system: You are a helpful assistant.
user:
Analyze the provided spectrum to determine if it is a **Carbon Star (C-type)**.

- **Key Visual Indicators of Carbon Star:**
    - **(Primary):** Strong molecular absorption from **C₂ (diatomic carbon) "Swan Bands."** This is the **defining feature** of a carbon star.
        - **(Key Bandheads):** Sharp absorption edges are visible at approximately $5635$ Å, $5165$ Å (the strongest band), and $4737$ Å.
        - **(Line Profile):** Creates a distinct **"saw-tooth"** pattern. The key morphology is a sharp, steep bandhead on the **red (long-wavelength) side**, which then gradually tapers off (i.e., flux recovers) towards the **blue (short-wavelength) side**. *(This is the direct opposite of the TiO bands seen in M-type stars)*.

    - **(Secondary):** Intense **CN (cyanogen)** molecular absorption bands.
        - **(Key Bandheads):** Located in the blue and violet regions of the spectrum (e.g., near $4215$ Å and $3883$ Å).
        - **(Morphology):** These bands are extremely broad and act as a "blanket," absorbing the vast majority of blue and violet light. This creates a characteristic **"cliff"** or **"steep drop-off"** in the spectrum's flux at short wavelengths.

    - **(Key Confirmation):** Strong **CH absorption band (G-band)**.
        - **(Key Bandhead):** Located around $4300$ Å. The contribution from CH molecules to this band is exceptionally strong.

    - **(Overall Spectrum):**
        - The continuum is severely "chopped up" by these deep molecular bands, especially C₂, rather than appearing as a smooth curve.
        - Due to the heavy CN and C₂ absorption in the blue-green, the vast majority of the star's flux is concentrated in the red part of the spectrum, giving the star its characteristic deep red color.

Think first, call **spectral_visualization_tool** if needed to examine features in detail, then provide your final answer. Your response must adhere to the following strict rules:
1.  **Overall Structure:** Your response must follow the format `<think>...</think> <tool_call>...</tool_call> (if a tool is used) <answer>...</answer>`.
2.  **Tool Usage Constraint:** You may only make **one** tool call per turn.
3.  **Final Answer Format:** In the `<answer>` tag, your conclusion must be inside a `\boxed{}` command (e.g., `\boxed{YES}`), followed by your justification.

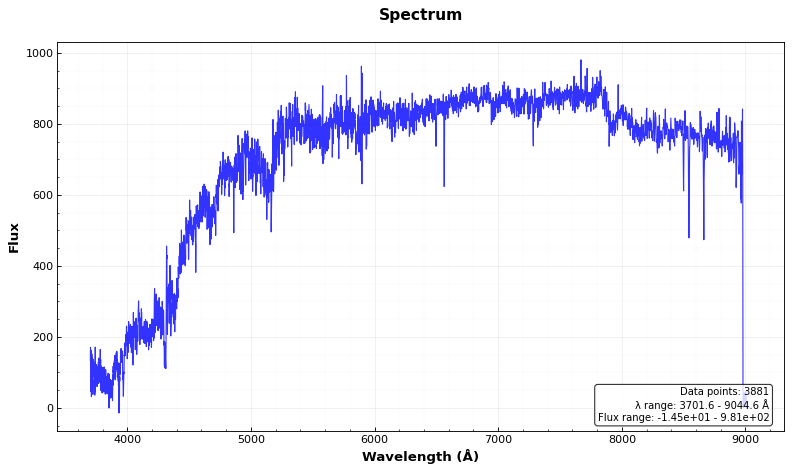
Answer: YES